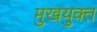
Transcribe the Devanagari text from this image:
मुखयुक्त